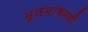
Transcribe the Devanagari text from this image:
भूतभाषमयीं